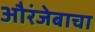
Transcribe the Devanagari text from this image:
औरंजेबाचा